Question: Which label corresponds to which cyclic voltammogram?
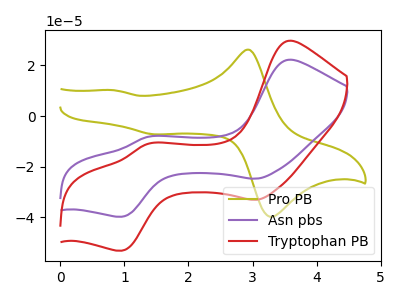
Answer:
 <answer>The olive curve is labeled "Pro PB". The purple curve is labeled "Asn pbs". The red curve is labeled "Tryptophan PB".</answer>
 <eval></eval>